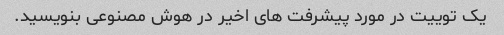
یک توییت در مورد پیشرفت های اخیر در هوش مصنوعی بنویسید.